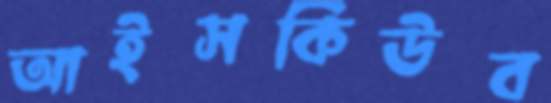
আইসকিউব